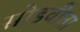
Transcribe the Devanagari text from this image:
सोडवीता